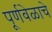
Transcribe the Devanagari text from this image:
पूर्णवेळाचे